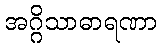
အဂ္ဂိသာဓာရဏာ